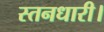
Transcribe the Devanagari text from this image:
स्तनधारी।